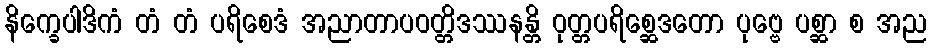
နိက္ခေပါဒိကံ တံ တံ ပရိစေဒံ အညာတာပဝတ္တိဒဿနန္တိ ဝုတ္တပရိစ္ဆေဒတော ပုဗ္ဗေ ပစ္ဆာ စ အည